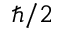
\hbar / 2